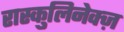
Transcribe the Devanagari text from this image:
रास्कुलिनेक्ज़